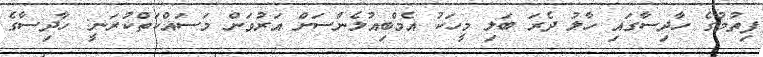
ފިތުމުގެ ހާދިސާގައި ހާލު ދެރަ ބަލި މީހަކު އެމްބިއުލެންސަށް އަރުވަން މަސައްކަތްކުރަނީ: ހާދިސާގެ